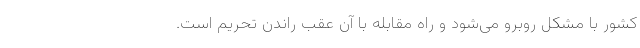
کشور با مشکل روبرو می‌شود و راه مقابله با آن عقب راندن تحریم است.